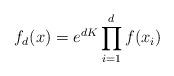
LaTeX: \begin{align*}f_d(x) = e^{d K} \prod_{i=1}^d f(x_i)\end{align*}